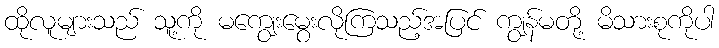
ထိုလူများသည် သူ့ကို မကျွေးမွေးလိုကြသည့်အပြင် ကျွန်မတို့ မိသားစုကိုပါ